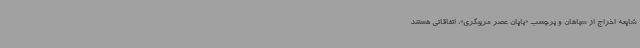
شایعه اخراج از سپاهان و برچسب «پایان عصر مربیگری»، اتفاقاتی هستند